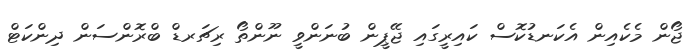
ޖޯން މެކެއިން އެކަނޑުކޮސް ކައިރީގައި ޖޭޕީން ބުނަންވީ ނޫންތޯ ރިޗަރޑް ބްރޮންސަން ދިންކަޓް